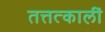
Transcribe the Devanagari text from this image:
तत्तत्कालीं